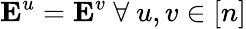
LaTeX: \mathbf{E}^{u}=\mathbf{E}^{v}~\forall~u,v\in[n]